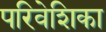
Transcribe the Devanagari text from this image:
परिवेशिका